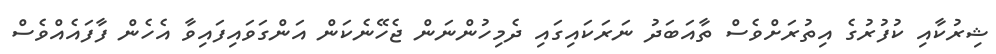
ޝިރުކާއި ކުފުރުގެ އިތުރަށްވެސް ތާއަބަދު ނަރަކައިގައި ދެމިހުންނަން ޖެހޭނެކަން އަންގަވައިފައިވާ އެހެން ފާފައެއްވެސް